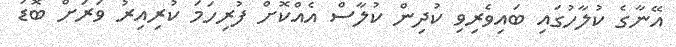
އޭނާގެ ކުލާހުގައި ބައިވެރިވި ކުދިން ކުލާސް އެއްކޮށް ފުރިހަމަ ކުރިއިރު ވަރަށް ބޮޑު